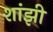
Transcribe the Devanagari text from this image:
शांझी